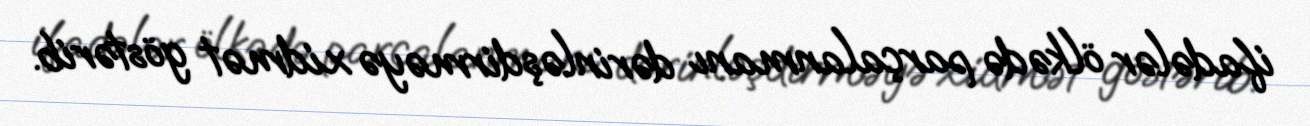
ifadələr ölkədə parçalanmanı dərinləşdirməyə xidmət göstərib.